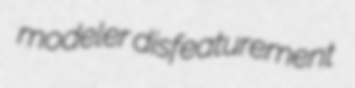
modeler disfeaturement